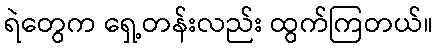
ရဲတွေက ရှေ့တန်းလည်း ထွက်ကြတယ်။